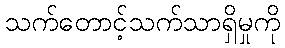
သက်တောင့်သက်သာရှိမှုကို